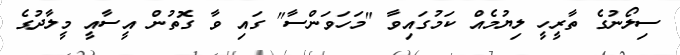
ސިލޯނުގެ ތާރީހީ ލިޔުމެއް ކަމުގައިވާ "މަހަވަންސާ" ގައި ވާ ގޮތުން އީސާއީ މީލާދުގެ